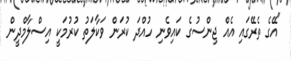
"އޭގެ ތެރޭގައި އެއް ޖިންސުގެ ކައިވެނި ހުއްދަ ކުރަން ވަކާލަތު ކުރުމަކީ އިސްލާމްދީން